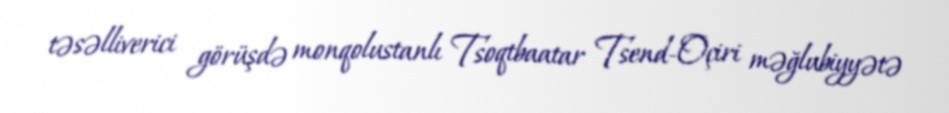
təsəlliverici görüşdə monqolustanlı Tsoqtbaatar Tsend-Oçiri məğlubiyyətə